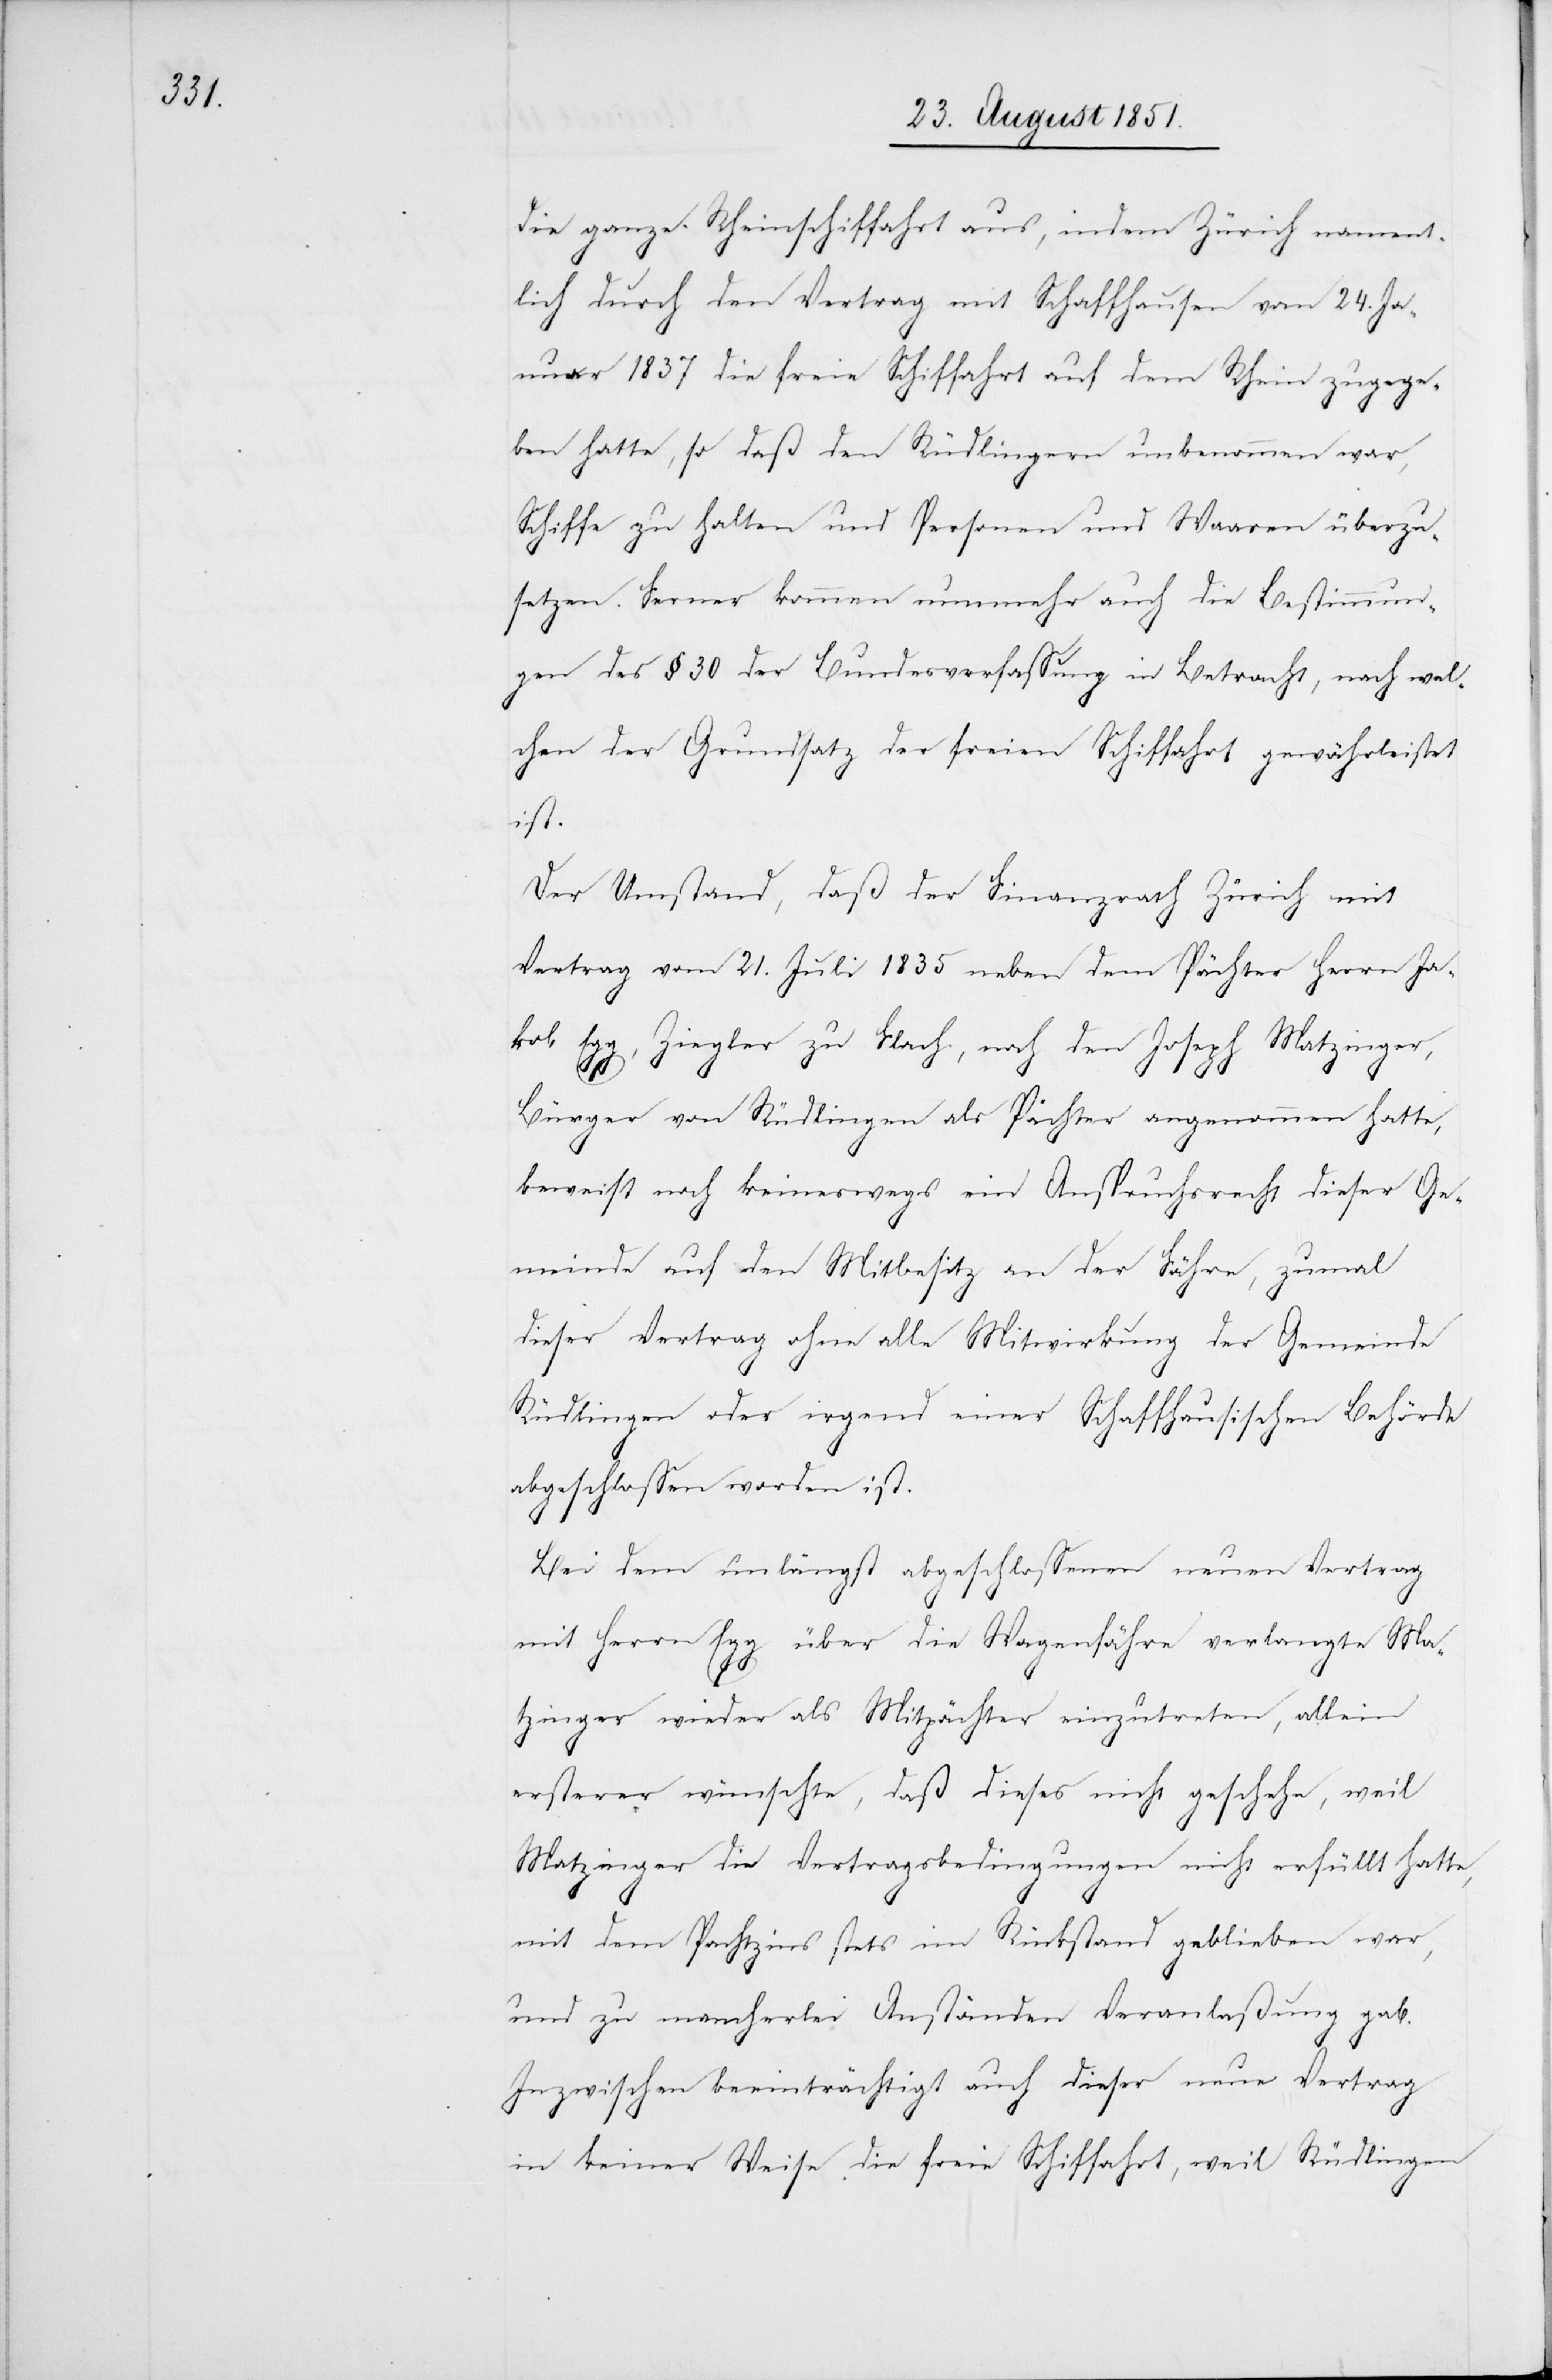
die ganze Rheinschiffahrt aus, indem Zürich nament¬
lich durch den Vertrag mit Schaffhausen vom 24. Ja¬
nuar 1837 die freie Schiffahrt auf dem Rhein zugege¬
ben hatte, so daß den Rüdlingern unbenommen war,
Schiffe zu halten und Personen und Waaren überzu¬
setzen. Ferner kommen nunmehr auch die Bestimmun¬
gen des § 30 der Bundesverfassung in Betracht, nach wel¬
chen der Grundsatz der freien Schiffahrt gewährleistet
ist.
Der Umstand, daß der Finanzrath Zürich mit
Vertrag vom 21. Juli 1835 neben dem Pächter Herrn Ja¬
kob Egg, Ziegler zu Flach, noch den Joseph Matzinger,
Bürger von Rüdlingen als Pächter angenommen hatte,
beweist noch keineswegs ein Anspruchsrecht dieser Ge¬
meinde auf den Mitbesitz an der Fähre, zumal
dieser Vertrag ohne alle Mitwirkung der Gemeinde
Rüdlingen oder irgend einer Schaffhausischen Behörde
abgeschlossen worden ist.
Bei dem unlängst abgeschlossenen neuen Vertrag
mit Herrn Egg über die Wagenfähre verlangte Ma¬
tzinger wieder als Mitpächter einzutreten, allein
ersterer wünschte, daß dieses nicht geschehe, weil
Matzinger die Vertragsbedingungen nicht erfüllt hatte,
mit dem Pachtzins stets im Rückstand geblieben war,
und zu mancherlei Anständen Veranlaßung gab.
Inzwischen beeinträchtigt auch dieser neue Vertrag
in keiner Weise die freie Schiffahrt, weil Rüdlingen